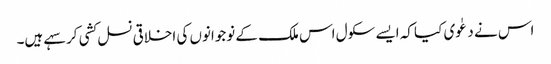
اس نے دعٰوی کیا کہ ایسے سکول اس ملک کے نوجوانوں کی اخلاقی نسل کشی کر سہے ہیں۔